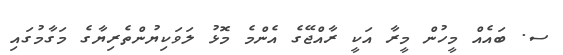
ސ. ބައެއް މީހުން މީރާ އަކީ ރާއްޖޭގެ އެންމެ މޮޅު ލަވަކިޔުންތެރިޔާގެ މަގާމުގައި